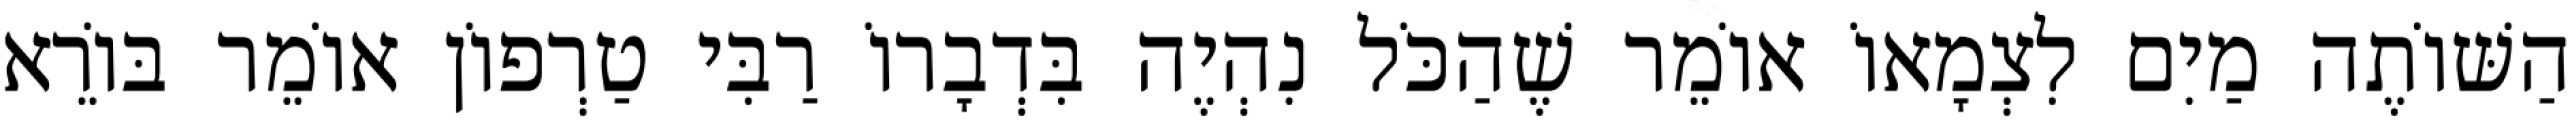
הַשּׁוֹתֶה מַיִם לִצְמָאוֹ אוֹמֵר שֶׁהַכֹּל נִהְיֶה בִּדְבָרוֹ רַבִּי טַרְפוֹן אוֹמֵר בּוֹרֵא